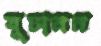
বুচানন